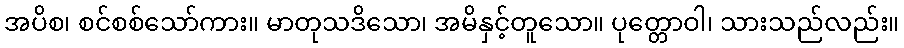
အပိစ၊ စင်စစ်သော်ကား။ မာတုသဒိသော၊ အမိနှင့်တူသော။ ပုတ္တောဝါ၊ သားသည်လည်း။